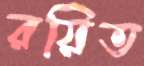
রয়িত